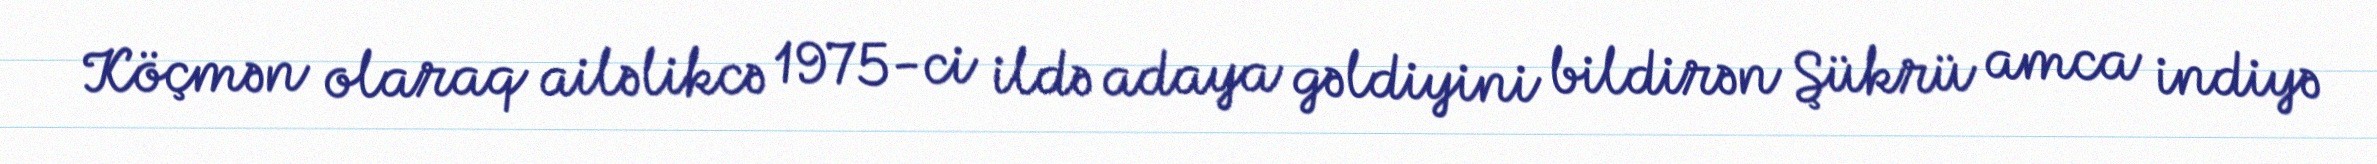
Köçmən olaraq ailəlikcə 1975-ci ildə adaya gəldiyini bildirən Şükrü amca indiyə